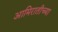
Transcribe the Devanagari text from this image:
आमिरातीच्या